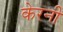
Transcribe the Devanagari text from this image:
केरनी